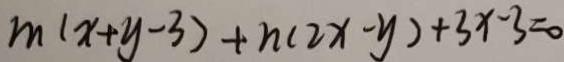
m ( x + y - 3 ) + n ( 2 x - y ) + 3 x - 3 = 0